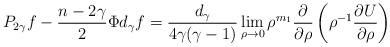
LaTeX: \begin{align*}P_{2\gamma}f - \frac{n-2\gamma}{2}\Phi d_\gamma f = \frac{d_\gamma}{4\gamma(\gamma-1)}\lim_{\rho\to0}\rho^{m_1}\frac{\partial}{\partial\rho}\left(\rho^{-1}\frac{\partial U}{\partial\rho}\right)\end{align*}